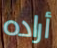
أراده